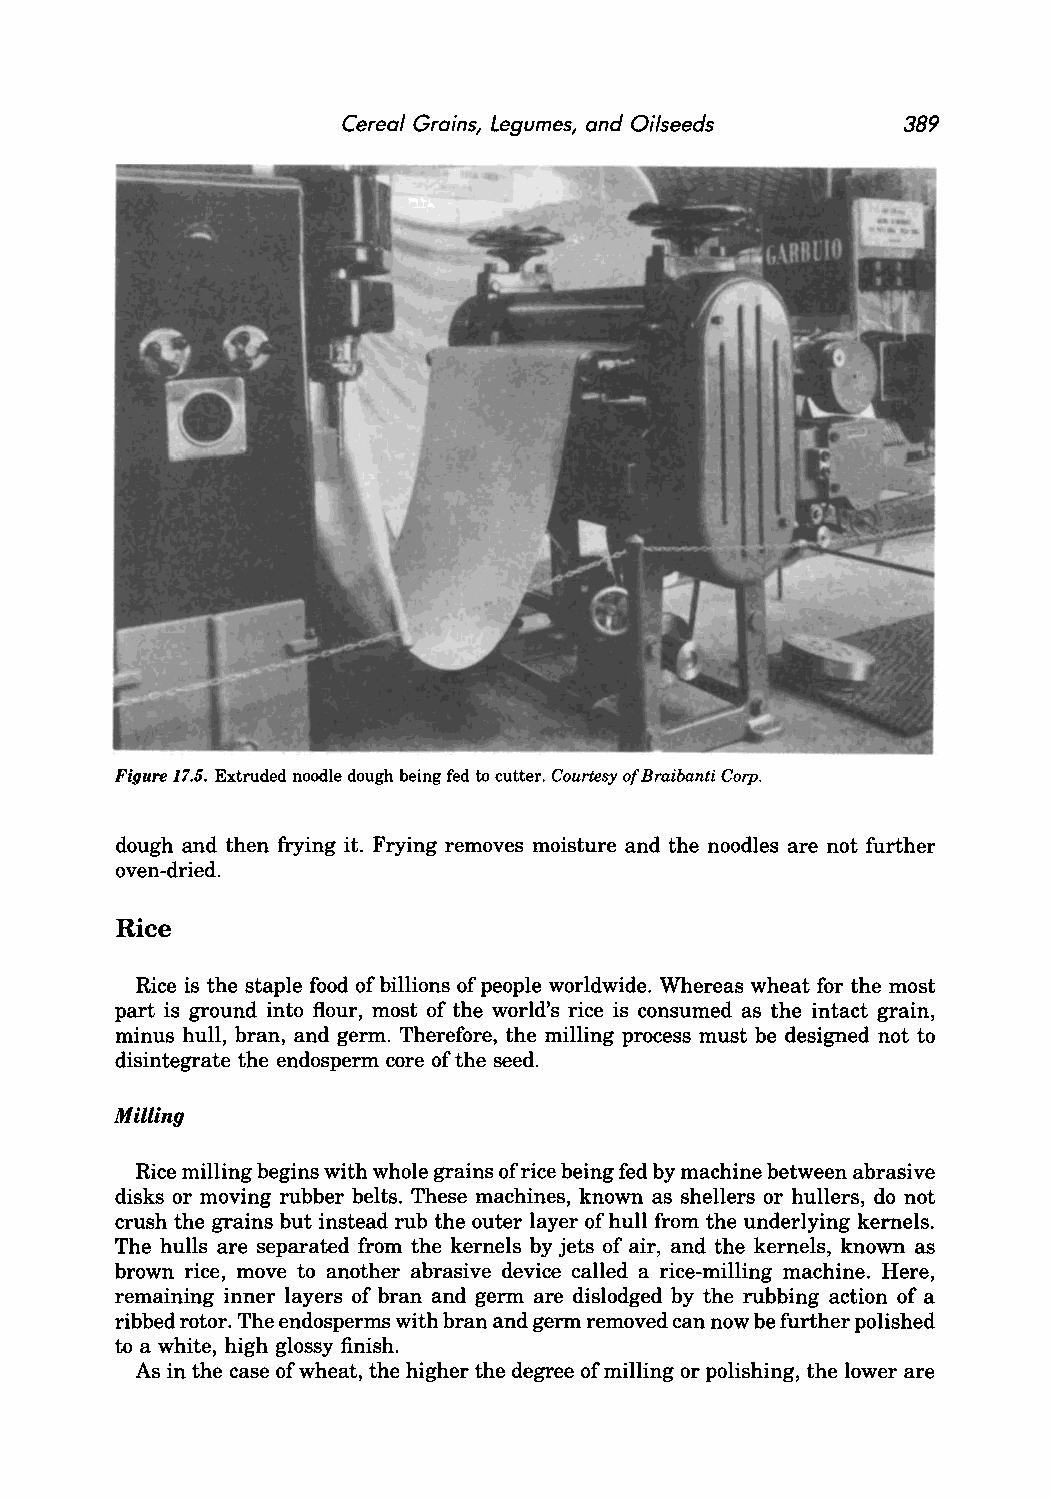
Cereal Grains, Legumes, and Oilseeds 389
 Figure 17.5. Extruded noodle dough being fed to cutter. Courtesy of Braibanti Corp.
 dough and then frying it. Frying removes moisture and the noodles are not further
 oven-dried.
 Rice
 Rice is the staple food of billions of people worldwide. Whereas wheat for the most
 part is ground into flour, most of the world's rice is consumed as the intact grain,
 minus hull, bran, and germ. Therefore, the milling process must be designed not to
 disintegrate the endosperm core of the seed.
 Milling
 Rice milling begins with whole grains of rice being fed by machine between abrasive
 disks or moving rubber belts. These machines, known as shellers or hullers, do not
 crush the grains but instead rub the outer layer of hull from the underlying kernels.
 The hulls are separated from the kernels by jets of air, and the kernels, known as
 brown rice, move to another abrasive device called a rice-milling machine. Here,
 remaining inner layers of bran and germ are dislodged by the rubbing action of a
 ribbed rotor. The endosperms with bran and germ removed can now be further polished
 to a white, high glossy finish.
 As in the case of wheat, the higher the degree of milling or polishing, the lower are